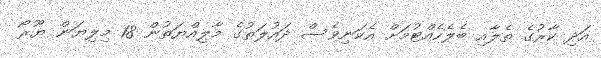
އަދި ކާރުގެ ތެލާއި ބެލެހެއްޓުމަށް އެކަނިވެސް ދައުލަތުގެ މާލިއްޔަތުން 18 މިލިޔަން ޔޫރޯ